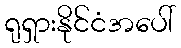
ရုရှားနိုင်ငံအပေါ်